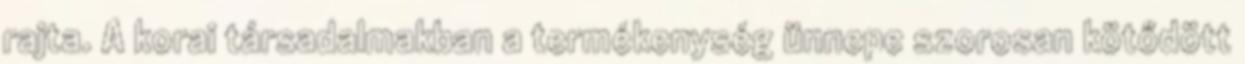
rajta. A korai társadalmakban a termékenység ünnepe szorosan kötődött